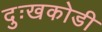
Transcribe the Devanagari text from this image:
दुःखकोडी